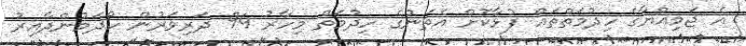
އެ ޖަމިއްޔާގެ ހިދުމަތްތައް ފުޅާކޮށް އެތަނުގެ ހިދުމަތް މިހާރު 94 ދަރިވަރުން ހޯދަމުންދާއިރު